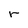
Character: r